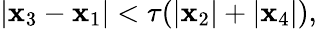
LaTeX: |\mathbf{x}_{3}-\mathbf{x}_{1}|<\tau(|\mathbf{x}_{2}|+|\mathbf{x}_{4}|),